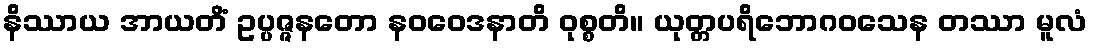
နိဿာယ အာယတိံ ဥပ္ပဇ္ဇနတော နဝဝေဒနာတိ ဝုစ္စတိ။ ယုတ္တပရိဘောဂဝသေန တဿာ မူလံ